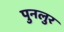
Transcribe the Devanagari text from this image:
पुनलुर